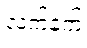
လက်နက်